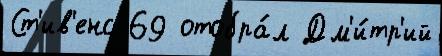
Ст'ив'енс 69 отобра́л Дм'и́тр'ий